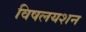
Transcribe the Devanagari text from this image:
विषलयशन